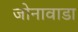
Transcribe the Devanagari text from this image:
जोनावाडा